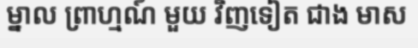
ម្នាល ព្រាហ្មណ៍ មួយ វិញទៀត ជាង មាស